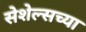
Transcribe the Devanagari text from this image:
सेशेल्सच्या